Leaving Certificate Examination (including Day School Certificate (Higher) General paper), 1932
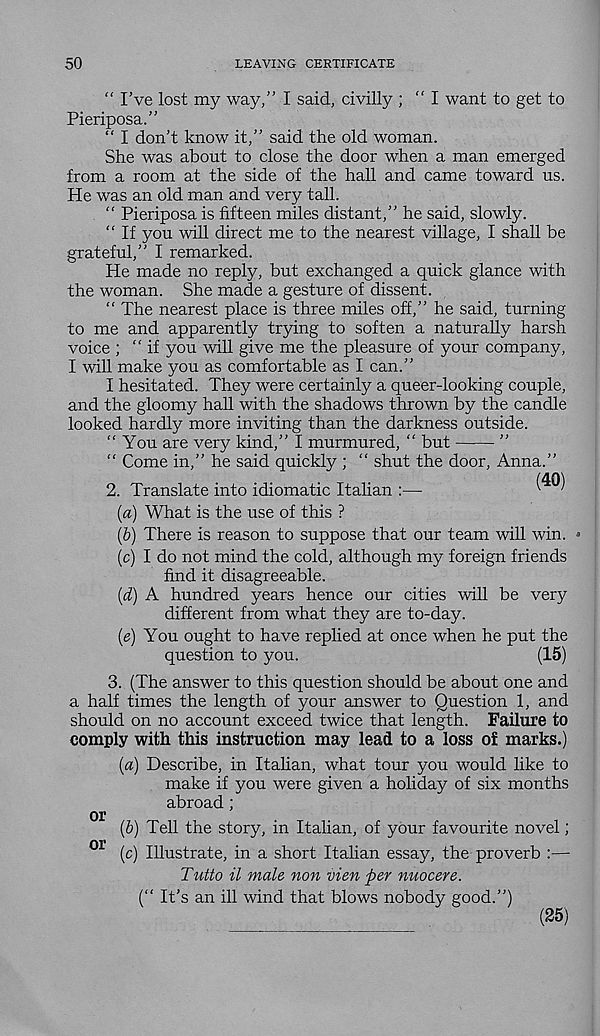
50
LEAVING CERTIFICATE
“ I’ve lost my way,” I said, civilly ; “ I want to get to
Pieriposa.”
“ I don’t know it,” said the old woman.
She was about to close the door when a man emerged
from a room at the side of the hall and came toward us.
He was an old man and very tall.
“ Pieriposa is fifteen miles distant,” he said, slowly.
“ If you will direct me to the nearest village, I shall be
grateful,” I remarked.
He made no reply, but exchanged a quick glance with
the woman. She made a gesture of dissent.
“ The nearest place is three miles off,” he said, turning
to me and apparently trying to soften a naturally harsh
voice ; “if you will give me the pleasure of your company,
I will make you as comfortable as I can.”
I hesitated. They were certainly a queer-looking couple,
and the gloomy hall with the shadows thrown by the candle
looked hardly more inviting than the darkness outside.
“You are very kind,” I murmured, “ but
”
“ Come in,” he said quickly ; “ shut the door, Anna.”
(40)
2. Translate into idiomatic Italian :—
v
'
[a) What is the use of this ?
(&) There is reason to suppose that our team will win. •
(c) I do not mind the cold, although my foreign friends
find it disagreeable.
(d) A hundred years hence our cities will be very
different from what they are to-day.
(e) You ought to have replied at once when he put the
question to you.
(15)
3. (The answer to this question should be about one and
a half times the length of your answer to Question 1, and
should on no account exceed twice that length. Failure to
comply with this instruction may lead to a loss of marks.)
(a) Describe, in Italian, what tour you would like to
make if you were given a holiday of six months
abroad ;
(b) Tell the story, in Italian, of your favourite novel;
or (c) Illustrate, in a short Italian essay, the proverb :—•
Tutto il male non vien per nuocere.
(“ It’s an ill wind that blows nobody good.”)
(25)